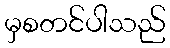
မှစတင်ပါသည်